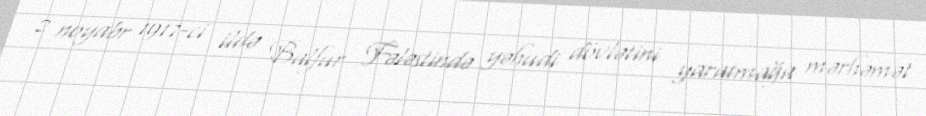
2 noyabr 1917-ci ildə Balfur Fələstində yəhudi dövlətini yaratmağa mərhəmət